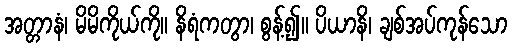
အတ္တာနံ၊ မိမိကိုယ်ကို။ နိရံကတွာ၊ စွန့်၍။ ပိယာနိ၊ ချစ်အပ်ကုန်သော